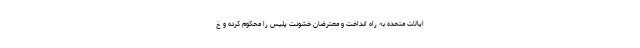
ایالات متحده به راه انداخت و معترضان خشونت پلیس را محکوم کرده و خ